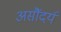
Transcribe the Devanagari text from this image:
असौंदर्य